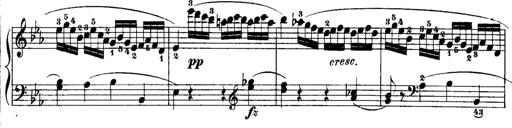
Title: Rondos and Sonatinas for Pianoforte
Composer: Daniel Steibelt